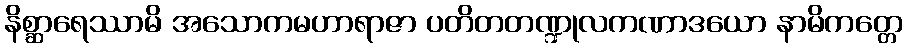
နိစ္ဆာရေဿာမိ အသောကမဟာရာဇာ ပတိတတဏ္ဍုလကဏာဒယော နာမိကတ္တေ